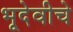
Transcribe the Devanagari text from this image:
भूदेवीचे